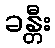
ခန္တီး